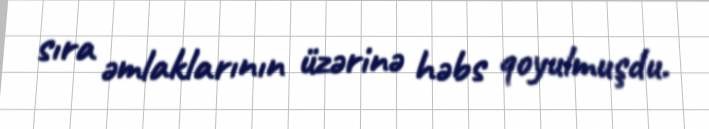
sıra əmlaklarının üzərinə həbs qoyulmuşdu.